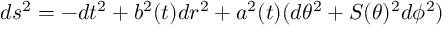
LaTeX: d s ^ { 2 } = - d t ^ { 2 } + b ^ { 2 } ( t ) d r ^ { 2 } + a ^ { 2 } ( t ) ( d \theta ^ { 2 } + S ( \theta ) ^ { 2 } d \phi ^ { 2 } )